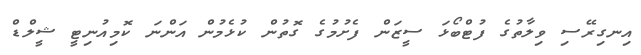
އިނގިރޭސި ވިލާތުގެ ފުޓްބޯޅަ ސީޒަން ފެށުމުގެ ގޮތުން ކުޅެމުން އަންނަ ކޮމިއުނިޓީ ޝީލްޑް